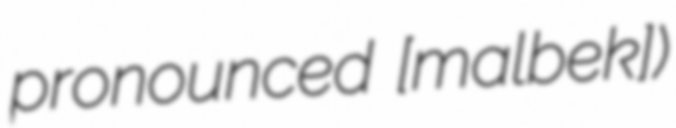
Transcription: pronounced [ˈmaːlbeːk])